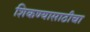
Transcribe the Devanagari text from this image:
शिकण्यासाठीचा